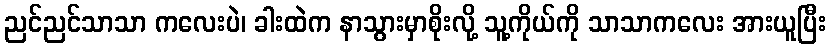
ညင်ညင်သာသာ ကလေးပဲ၊ ခါးထဲက နာသွားမှာစိုးလို့ သူ့ကိုယ်ကို သာသာကလေး အားယူပြီး